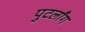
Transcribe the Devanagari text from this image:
पुटलाँग